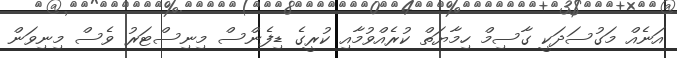
އަނެއް މަގުސަދަކީ ގާސިމް ހިމާޔަތް ކުރެއްވުމާއި ކުރީގެ ޑިފެންސް މިނިސްޓަރު ވެސް މިނިވަން